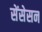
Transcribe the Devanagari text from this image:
सेंसेसन